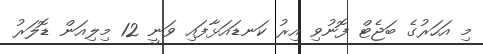
މި އަހަރުގެ ބަޖެޓް ފޮނުވި އިރު ކަނޑައަޅާފައި ވަނީ 12 މިލިއަން ޑޮލަރު